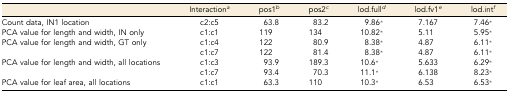
<table><thead><tr><td></td><td><b>Interaction<i><sup>a</sup></i></b></td><td><b>pos1<i><sup>b</sup></i></b></td><td><b>pos2<i><sup>c</sup></i></b></td><td><b>lod.full<i><sup>d</sup></i></b></td><td><b>lod.fv1<i><sup>e</sup></i></b></td><td><b>lod.int<i><sup>f</sup></i></b></td></tr></thead><tbody><tr><td>Count data, IN1 location</td><td>c2:c5</td><td>63.8</td><td>83.2</td><td>9.86*</td><td>7.167</td><td>7.46*</td></tr><tr><td>PCA value for length and width, IN only</td><td>c1:c1</td><td>119</td><td>134</td><td>10.82*</td><td>5.11</td><td>5.95*</td></tr><tr><td>PCA value for length and width, GT only</td><td>c1:c4</td><td>122</td><td>80.9</td><td>8.38*</td><td>4.87</td><td>6.11*</td></tr><tr><td></td><td>c1:c7</td><td>122</td><td>81.4</td><td>8.38*</td><td>4.87</td><td>6.11*</td></tr><tr><td>PCA value for length and width, all locations</td><td>c1:c3</td><td>93.9</td><td>189.3</td><td>10.6*</td><td>5.633</td><td>6.29*</td></tr><tr><td></td><td>c1:c7</td><td>93.4</td><td>70.3</td><td>11.1*</td><td>6.138</td><td>8.23*</td></tr><tr><td>PCA value for leaf area, all locations</td><td>c1:c1</td><td>63.3</td><td>110</td><td>10.3*</td><td>6.53</td><td>6.53*</td></tr></tbody></table>